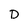
Character: D